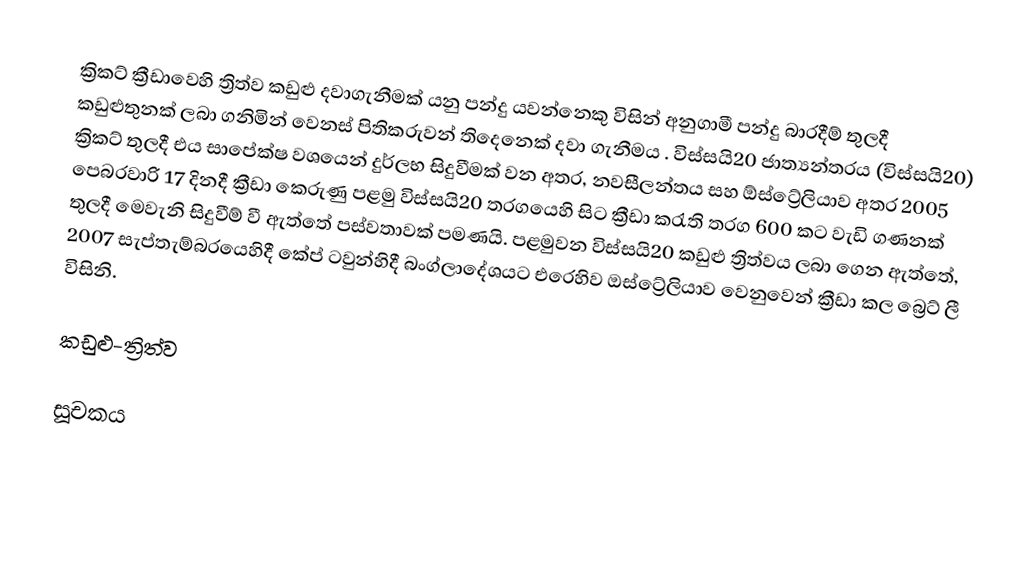
ක්‍රිකට් ක්‍රීඩාවෙහි  ත්‍රිත්ව කඩුළු දවාගැනීමක් යනු  පන්දු යවන්නෙකු විසින්  අනුගාමී  පන්දු බාරදීම් තුලදී කඩුළුතුනක් ලබා ගනිමින්  වෙනස් පිතිකරුවන් තිදෙනෙක්  දවා ගැනීමය . විස්සයි20 ජාත්‍යන්තරය (විස්සයි20) ක්‍රිකට් තුලදී  එය සාපේක්ෂ වශයෙන් දුර්ලභ සිදුවීමක් වන අතර, නවසීලන්තය සහ ඕස්ට්‍රේලියාව අතර  2005 පෙබරවාරි 17 දිනදී ක්‍රීඩා කෙරුණු පළමු විස්සයි20 තරගයෙහි සිට ක්‍රීඩා කරැති තරග 600 කට වැඩි ගණනක් තුලදී මෙවැනි සිදුවීම් වී ඇත්තේ පස්වතාවක් පමණයි.  පළමුවන විස්සයි20 කඩුළු ත්‍රිත්වය ලබා ගෙන ඇත්තේ, 2007 සැප්තැම්බරයෙහිදී  කේප් ටවුන්හිදී බංග්ලාදේශයට එරෙහිව ඔස්ට්‍රේලියාව වෙනුවෙන් ක්‍රීඩා කල බ්‍රෙට් ලී විසිනි.

කඩුළු-ත්‍රිත්ව

සූචකය